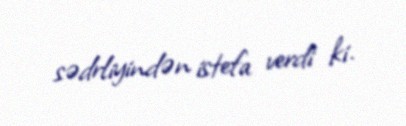
sədrliyindən istefa verdi ki.